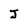
Character: J